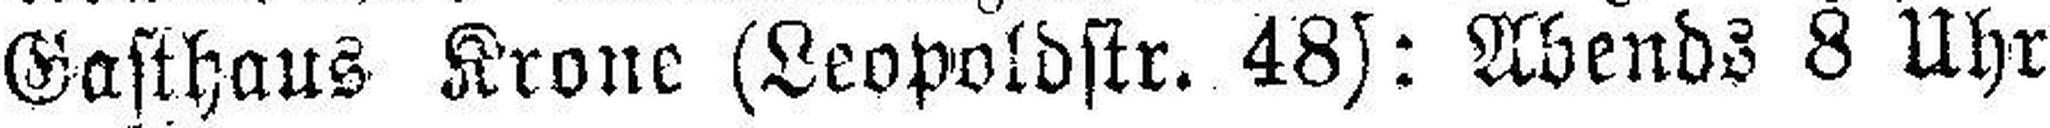
Gasthaus Krone (Leopoldstr. 48): Abends 8 Uhr